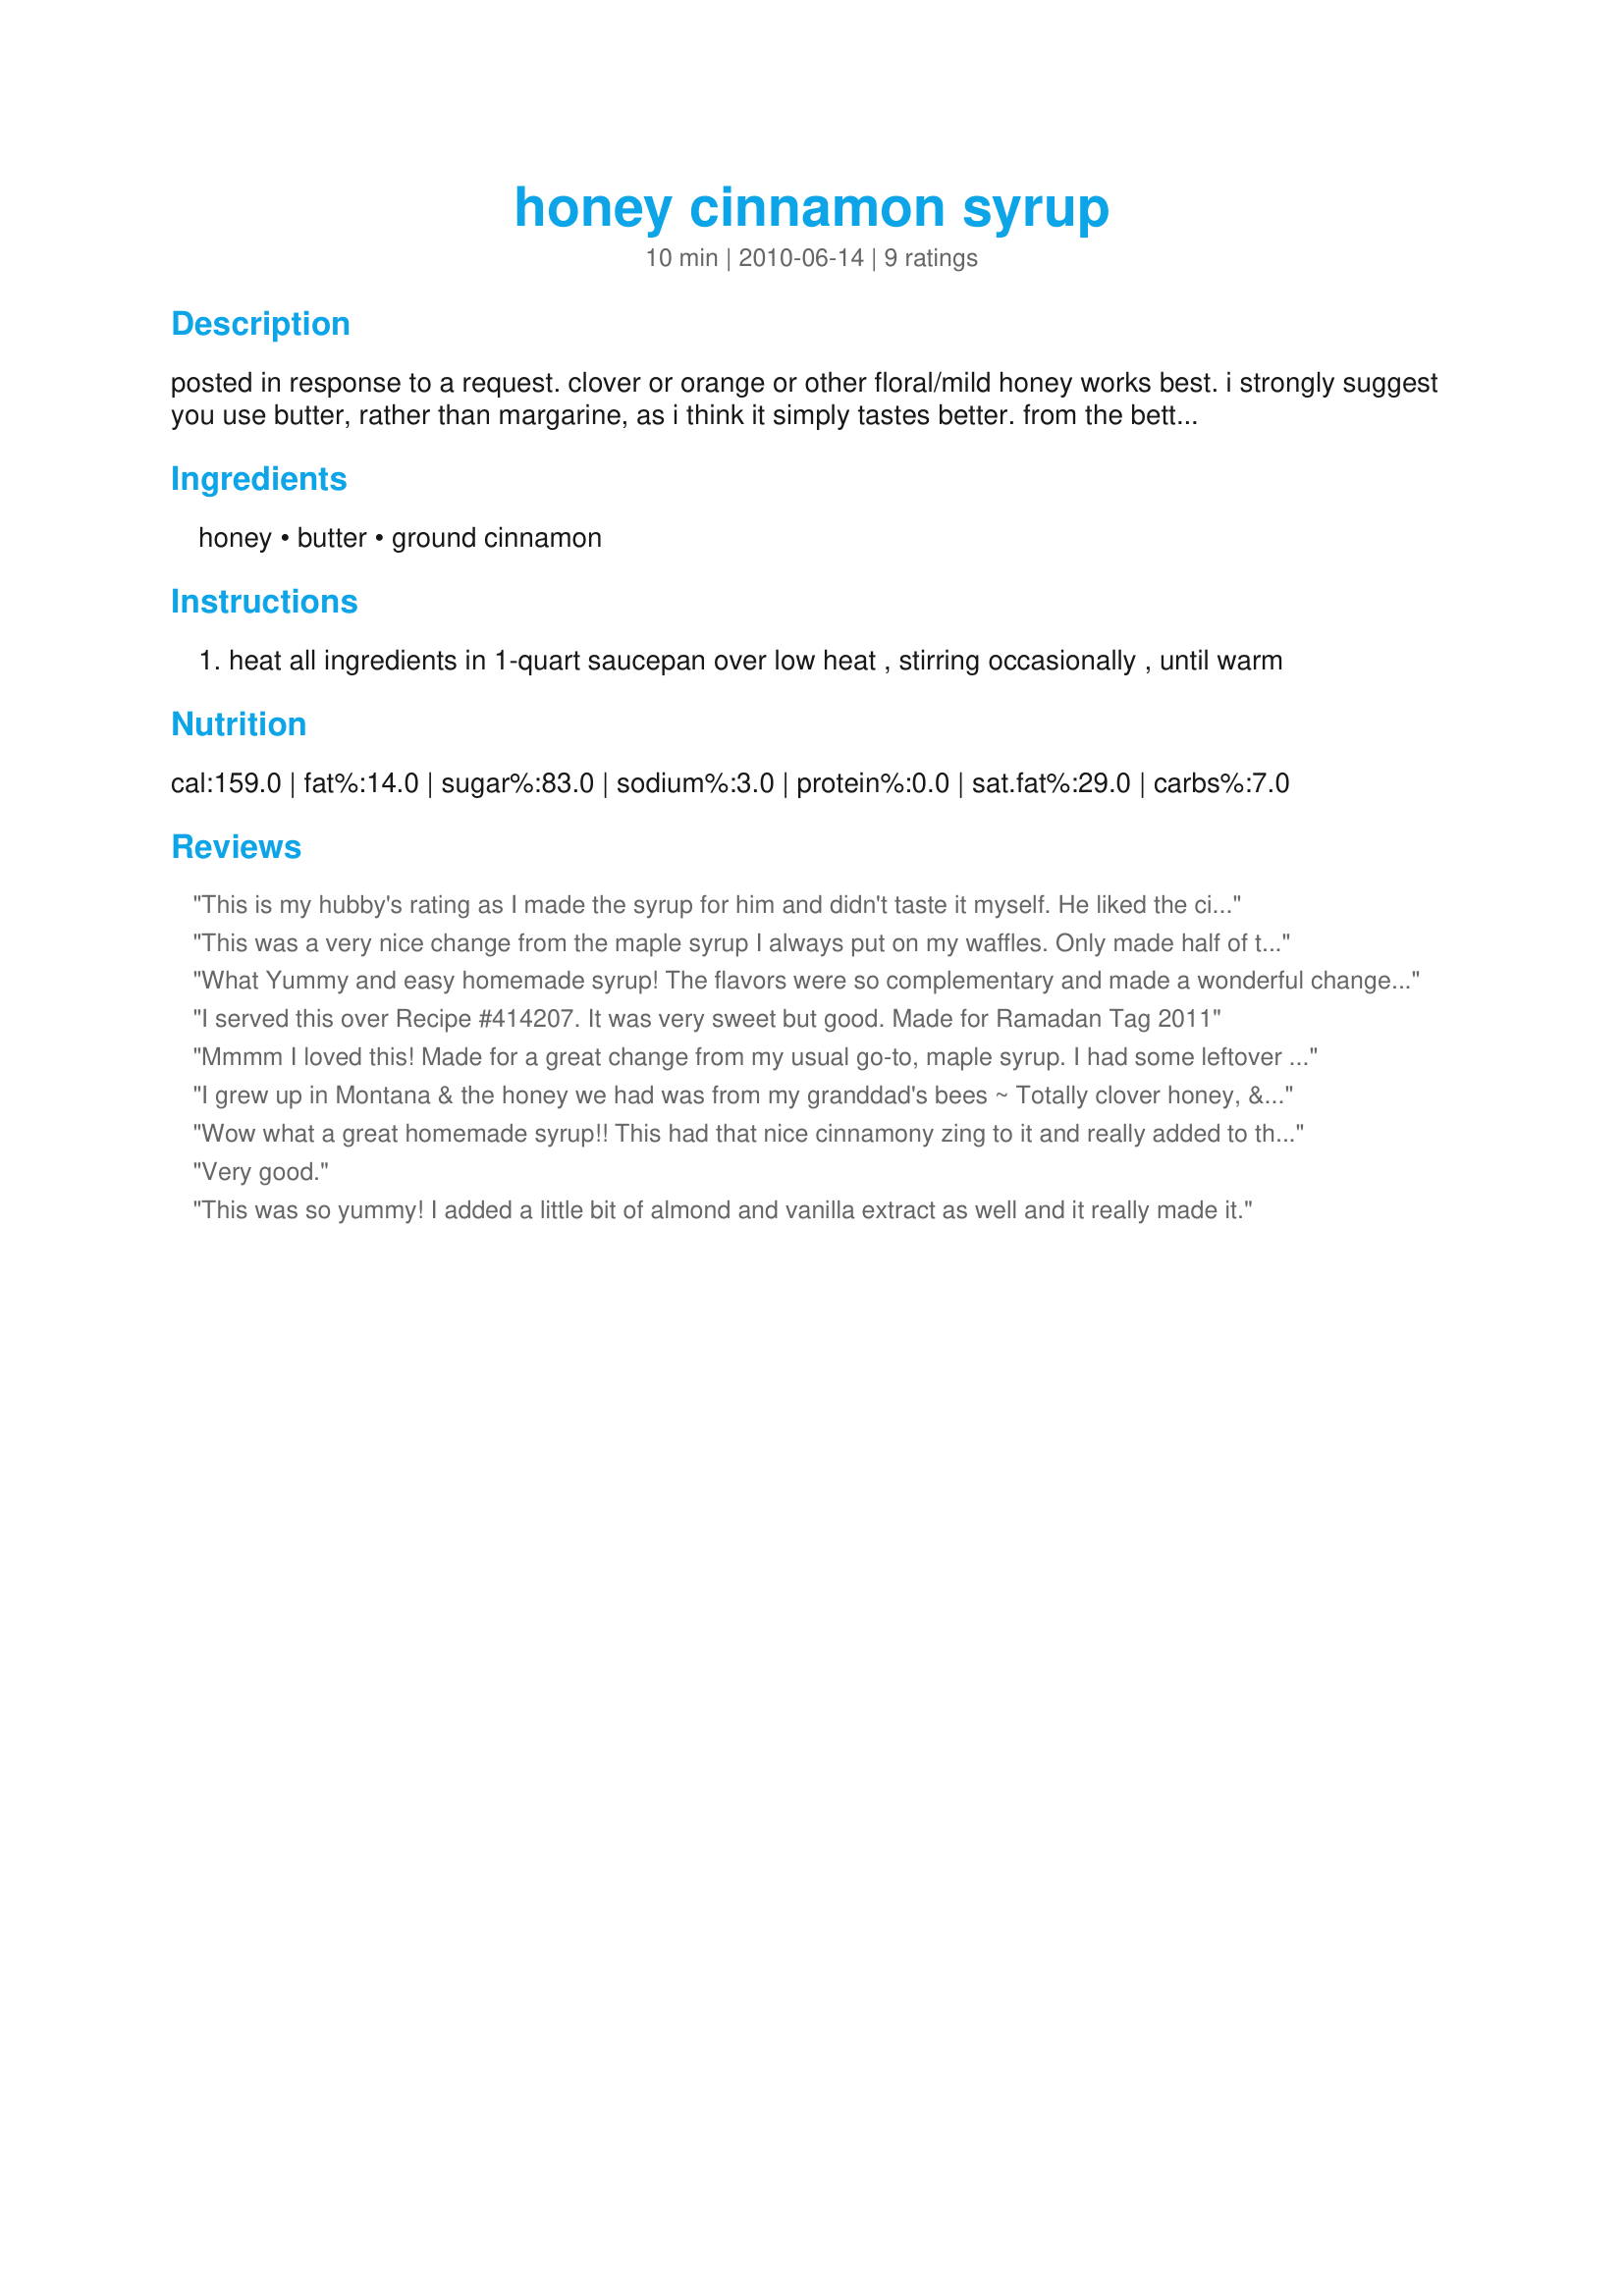
honey cinnamon syrup
Preparation time: 10 minutes

posted in response to a request. clover or orange or other floral/mild honey works best. i strongly suggest you use butter, rather than margarine, as i think it simply tastes better. from the betty crocker website.

Ingredients:
honey, butter, ground cinnamon

Steps:
heat all ingredients in 1-quart saucepan over low heat , stirring occasionally , until warm

Reviews:
This is my hubby's rating as I made the syrup for him and didn't taste it myself. He liked the cinnamon addition but he found the whole to be far too sweet. That shocked me a lot because he has a huge sweet tooth. H had made two big pancakes for dinner and couldn't eat half of the plate. The amount he used was the same as he would have used for maple syrup. Perhaps it was the honey? I used the Sue Bee brand, On the bright side this is so easy and quick that it's made in a few mins.
This was a very nice change from the maple syrup I always put on my waffles. Only made half of the recipe, but will definitely make this again. Made for 1~2~3 Hits.
What Yummy and easy homemade syrup! The flavors were so complementary and made a wonderful change from the slandered maple. This was made as written using a really good local orange blossom honey that was so tasty when mixed with the cinnamon and butter. You know I will be making this again. Thanks for the post.
I served this over Recipe #414207. It was very sweet but good. Made for Ramadan Tag 2011
Mmmm I loved this! Made for a great change from my usual go-to, maple syrup. I had some leftover homemade pancakes in the freezer so to make one serving I cut this way down to 1 1/2 Tbsp honey, 1 Tbsp butter, 1/16 tsp cinnamon. Instead of the stovetop I just heated in the microwave for 25 seconds, stirred to melt the butter and combine and then when the pancakes were ready, reheated the syrup for about 10 seconds. Used local honey produced just a couple miles up the road. Thanks for sharing!
I grew up in Montana & the honey we had was from my granddad's bees ~ Totally clover honey, & so tasty! I still get jars of clover honey from relatives up there, so that's what I used for this very simple syrup recipe! Absolutely wonderful, & so satisfying! Thanks for another keeper of a recipe! [Made & reviewed in Zaar Stars recipe tag]
Wow what a great homemade syrup!! This had that nice cinnamony zing to it and really added to the buttermilk pancakes I made (Recipe #209159). I am not a huge standard syrup lover so this is great that I have other options!! Thanks for sharing this terrific recipe in Newest Zaar Tag!
Very good.
This was so yummy! I added a little bit of almond and vanilla extract as well and it really made it.
